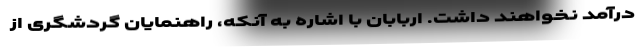
درآمد نخواهند داشت. اربابان با اشاره به آنکه، راهنمایان گردشگری از